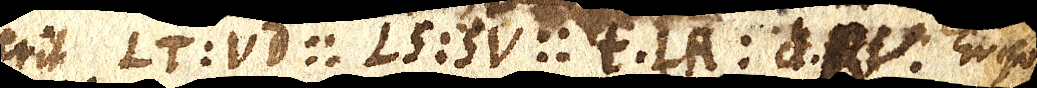
erit LT : VD :: LS : SV :: t⋅LR : d⋅RV. Ergo